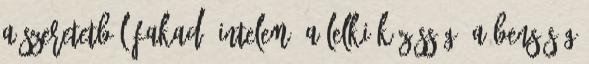
a szeretetből fakadó intelem, a lelki közösség, a bensőség